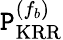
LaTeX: \mathtt{P}_{\mathrm{{KRR}}}^{(f_{b})}